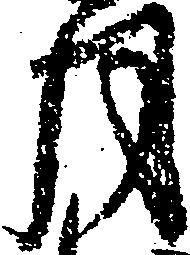
月